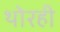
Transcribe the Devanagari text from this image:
थोरही